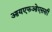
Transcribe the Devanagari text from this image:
आयएफओएससी